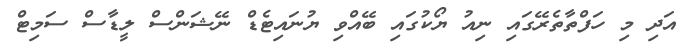
އަދި މި ހަފްތާތެރޭގައި ނިއު ޔޯކުގައި ބޭއްވި ޔުނައިޓެޑް ނޭޝަންސް ލީޑާސް ސަމިޓް